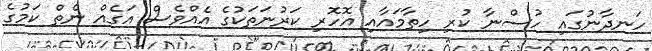
ހަނދާނުގައި ހުސްނާ ކުރި ހިތާމައާއި އޮހޮރި ކަރުނަތަކުގެ އެއްވެސް އަގެއް ނެތް ކަމުގެ